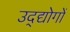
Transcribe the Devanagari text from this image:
उद्द्योगों